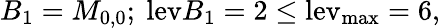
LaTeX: B_{1}=M_{0,0};~\mathrm{lev}{B_{1}}=2\le\mathrm{{lev}_{\mathrm{{max}}}=6,}